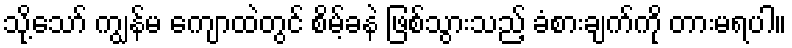
သို့သော် ကျွန်မ ကျောထဲတွင် စိမ့်ခနဲ ဖြစ်သွားသည့် ခံစားချက်ကို တားမရပါ။